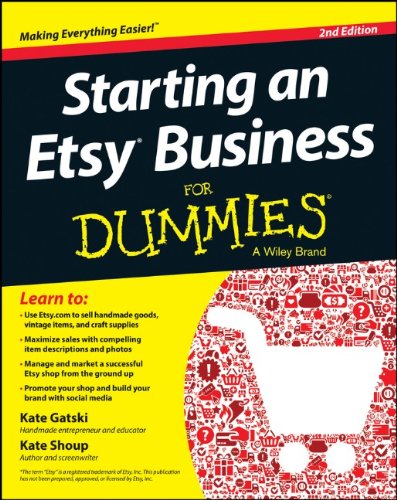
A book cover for Starting an Etsy Business For Dummies; Kate Gatski; Business & Money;